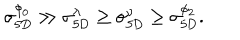
\sigma _ { \mathrm { 5 D } } ^ { \phi _ { 0 } } \gg \sigma _ { \mathrm { 5 D } } ^ { \lambda } \geq \sigma _ { \mathrm { 5 D } } ^ { \nu } \geq \sigma _ { \mathrm { 5 D } } ^ { \phi _ { 2 } } .